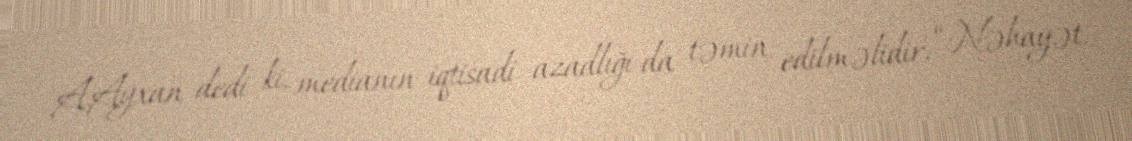
A.Ayxan dedi ki, medianın iqtisadi azadlığı da təmin edilməlidir: “Nəhayət,